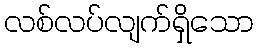
လစ်လပ်လျက်ရှိသော